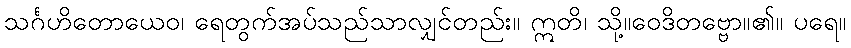
သင်္ဂဟိတောယေဝ၊ ရေတွက်အပ်သည်သာလျှင်တည်း။ ဣတိ၊ သို့။ဝေဒိတဗ္ဗော။၏။ ပရေ။